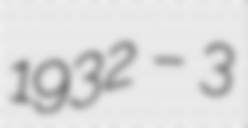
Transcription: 1932 – 3